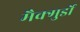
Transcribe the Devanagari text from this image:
मैक्मुर्डो